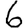
Digit: 6